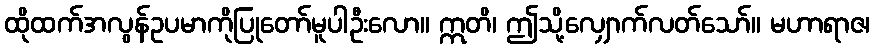
ထိုထက်အလွန်ဥပမာကိုပြုတော်မူပါဦးလော။ ဣတိ၊ ဤသို့လျှောက်လတ်သော်။ မဟာရာဇ၊